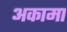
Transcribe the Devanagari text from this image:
अकामा